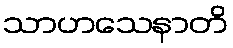
သာဟသေနာတိ